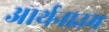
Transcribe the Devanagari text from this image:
आर्थनाउम